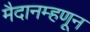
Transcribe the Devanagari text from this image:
मैदानम्हणून